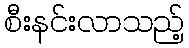
စီးနင်းလာသည့်